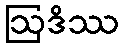
ဩဒိဿ